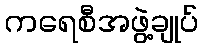
ကရေစီအဖွဲ့ချုပ်